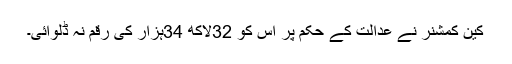
کین کمشنر نے عدالت کے حکم پر اس کو 32لاکھ 34ہزار کی رقم نہ ڈلوائی۔